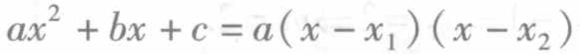
\(ax^{2}+bx + c = a(x - x_{1})(x - x_{2})\)